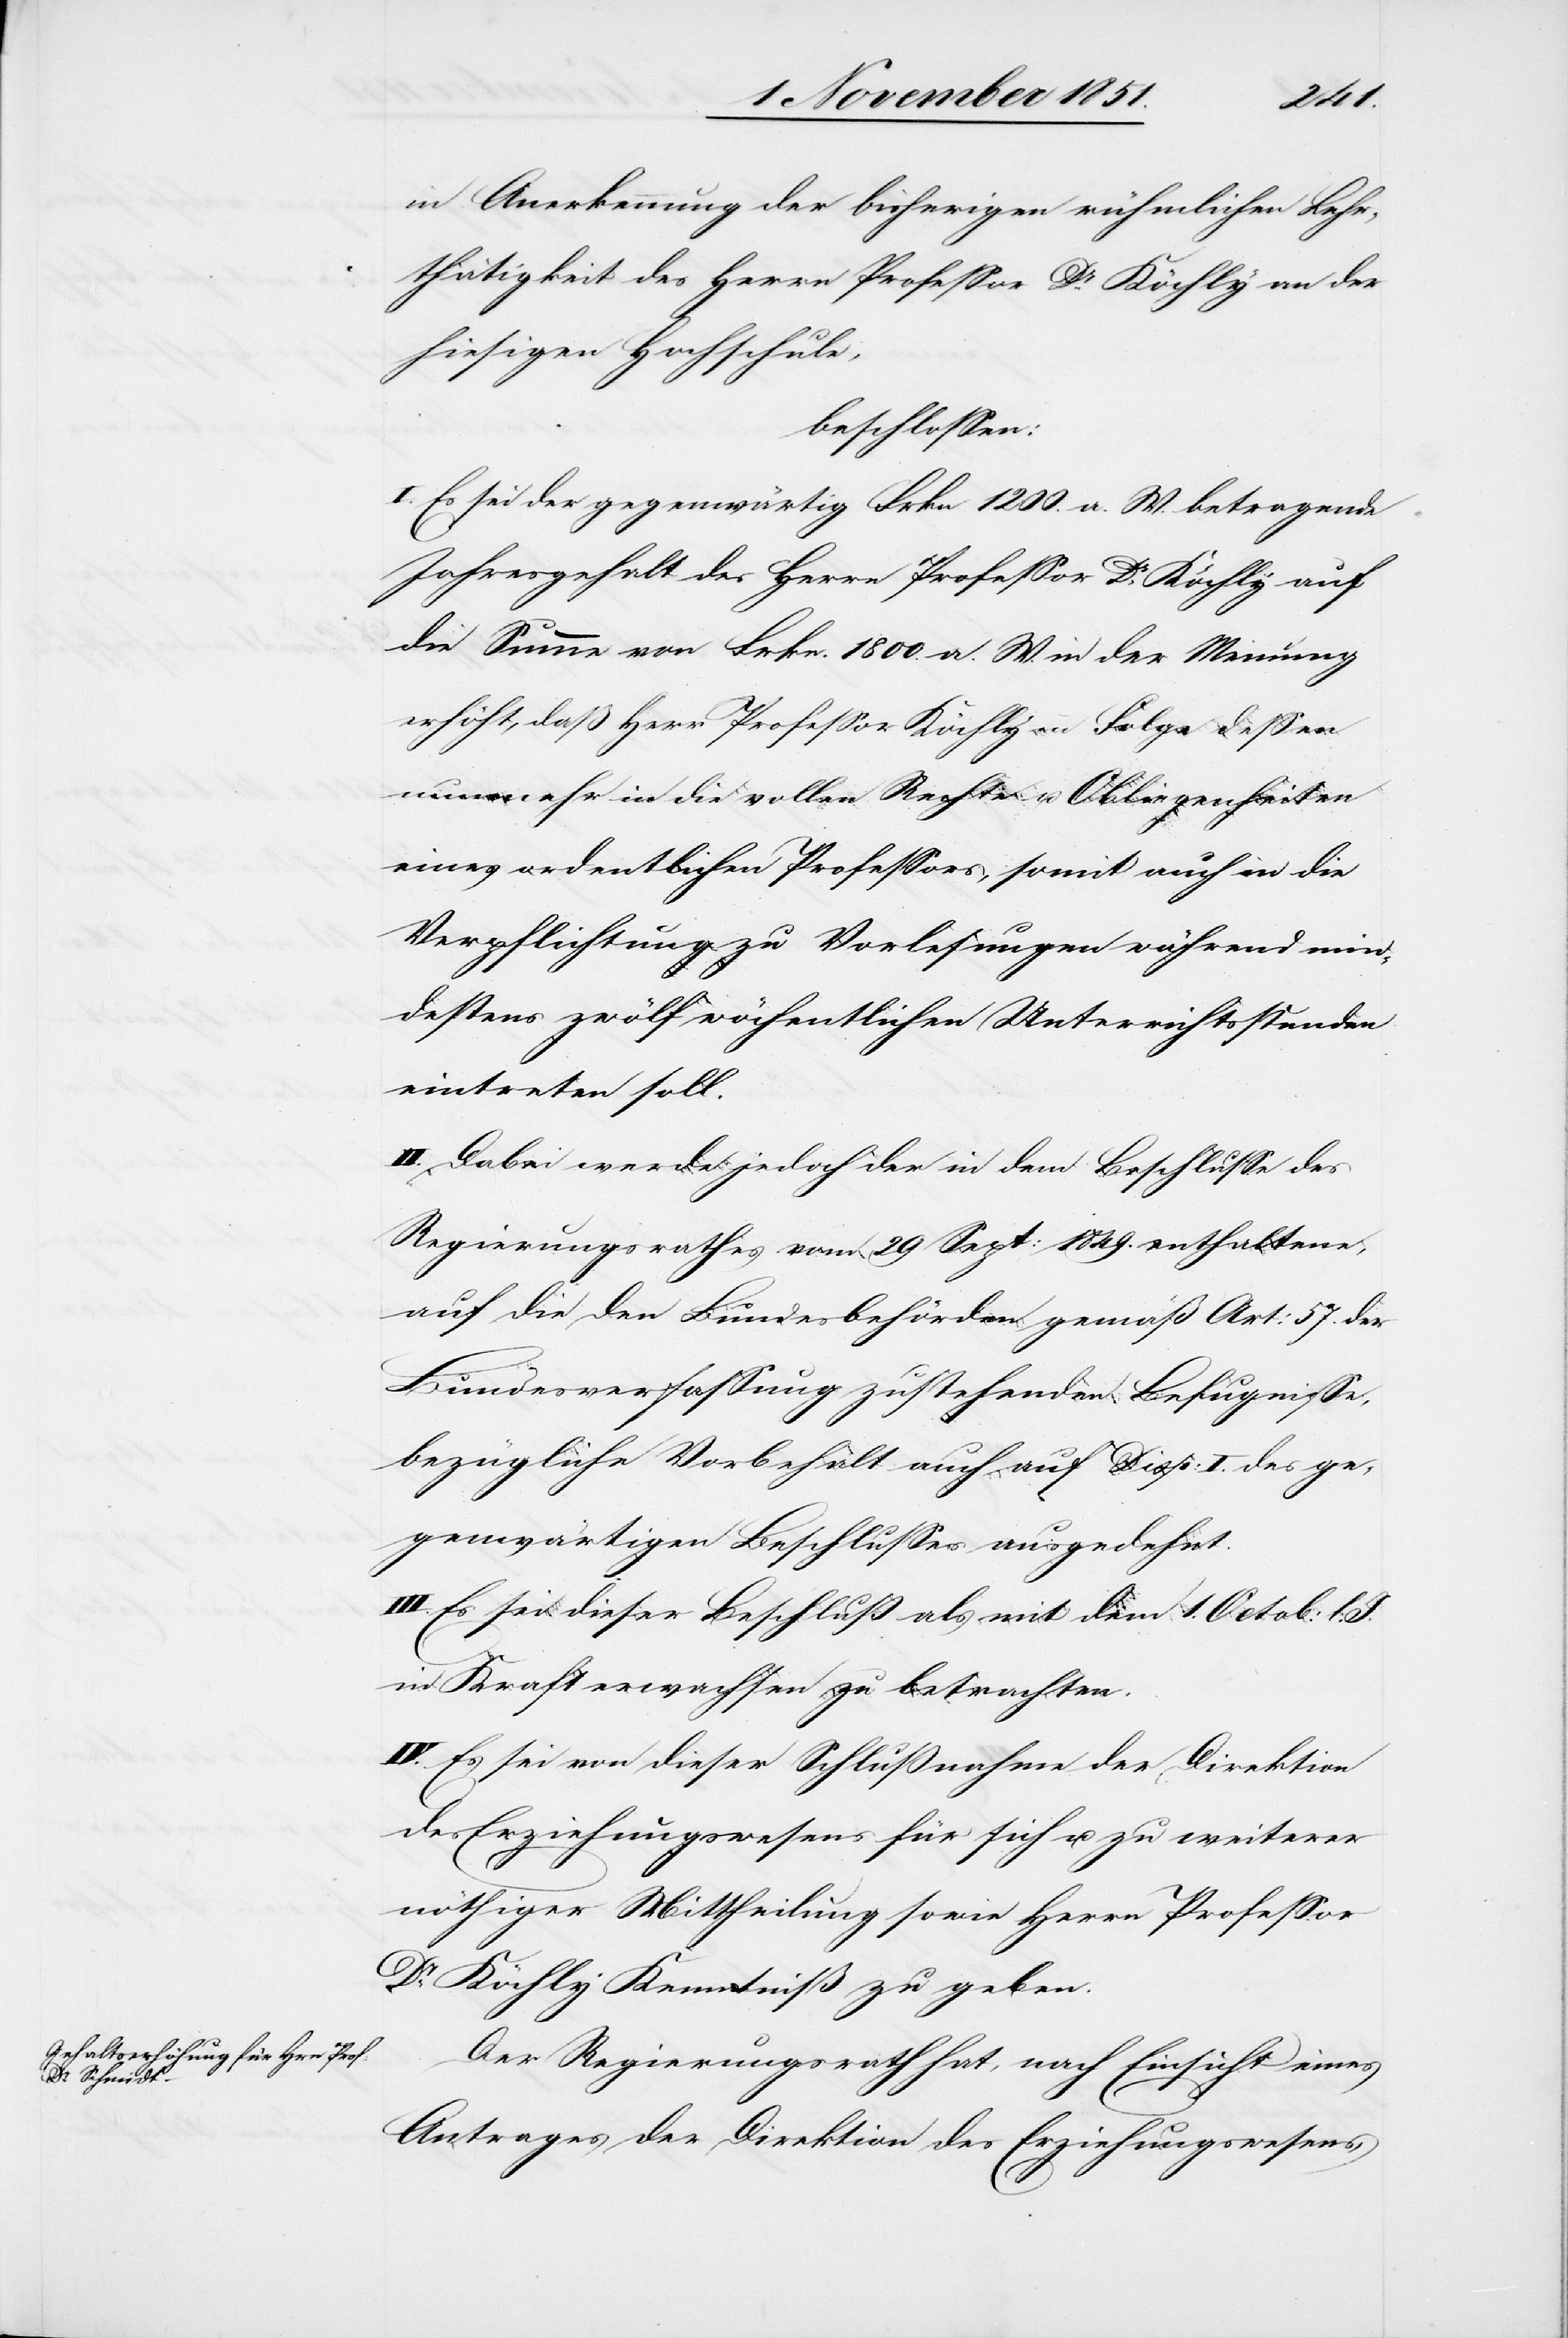
in Anerkennung der bisherigen rühmlichen Lehr¬
thätigkeit des Herrn Professor Dr Köchly [sic!] an der
hiesigen Hochschule,
beschlossen:
I. Es sei der gegenwärtig Frkn 1200. a. W. betragende
Jahresgehalt des Herrn Professor Dr Köchly auf
die Summe von Frkn. 1800. a. W. in der Meinung
erhöht, daß Herr Professor Köchly in Folge dessen
nunmehr in die vollen Rechte u. Obliegenheiten
eines ordentlichen Professors, somit auch in die
Verpflichtung zu Vorlesungen während min¬
destens zwölf wöchentlichen Unterrichtsstunden
eintreten soll.
II. Dabei werde jedoch der in dem Beschlusse des
Regierungsrathes vom 29 Sept: 1849. enthaltene,
auf die den Bundesbehörden gemäß Art: 57. der
Bundesverfassung zustehenden Befugnisse,
bezügliche Vorbehalt auch auf Disp: I. des ge¬
genwärtigen Beschlusses ausgedehnt.
III. Es sei dieser Beschluß als mit dem 1. Octob: l.
in Kraft erwachsen zu betrachten.
IV. Es sei von dieser Schlußnahme der Direktion
des Erziehungswesens für sich u. zu weiterer
nöthiger Mittheilung sowie Herrn Professor
Dr Köchly Kenntniß zu geben.
Der Regierungsrath hat, nach Einsicht eines
Antrages der Direktion des Erziehungswesens,